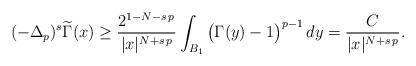
LaTeX: \begin{align*}(-\Delta_p)^s \widetilde\Gamma (x)\ge \frac{2^{1-N-s\,p}}{|x|^{N+s\,p}}\int_{B_1} \big(\Gamma(y)-1\big)^{p-1}\, dy=\frac{C}{|x|^{N+s\,p}}.\end{align*}